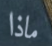
ماذا